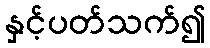
နှင့်ပတ်သက်၍